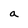
Character: a